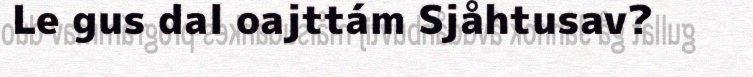
Le gus dal oajttám Sjåhtusav?